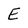
Character: E